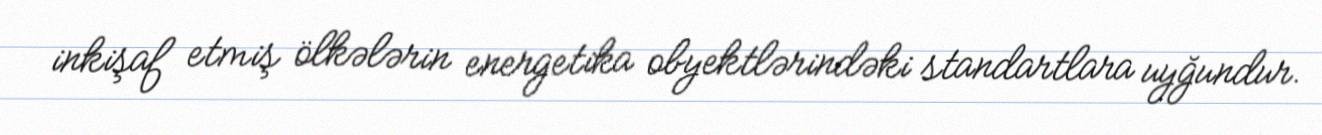
inkişaf etmiş ölkələrin energetika obyektlərindəki standartlara uyğundur.